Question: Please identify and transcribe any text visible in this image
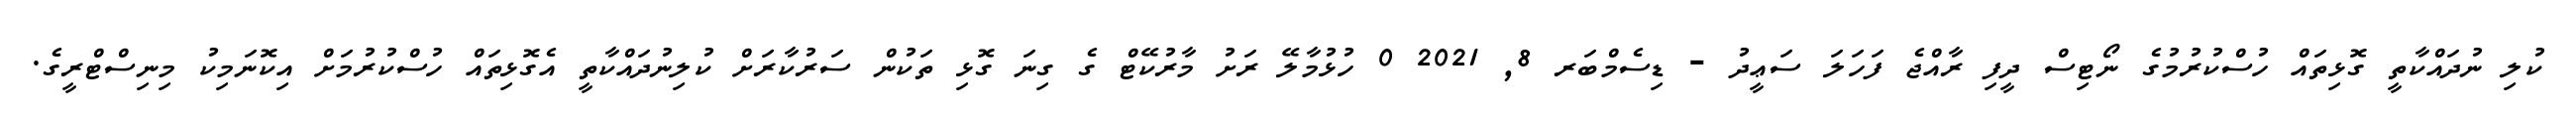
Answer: ކުލި ނުދައްކާތީ ގޮޅިތައް ހުސްކުރުމުގެ ނޯޓިސް ދީފި ރާއްޖެ ފަހަލަ ސަޢީދު - ޑިސެމްބަރ 8, 2021 0 ހުޅުމާލޭ ރަށު މާރުކޭޓް ގެ ގިނަ ގޮޅި ތަކުން ސަރުކާރަށް ކުލިނުދައްކާތީ އެގޮޅިތައް ހުސްކުރުމަށް އިކޮނަމިކު މިނިސްޓްރީގެ.